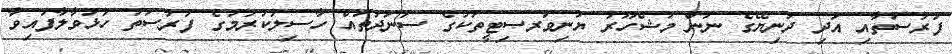
ފުރުސަތާއި އަދި ދުނިޔޭގެ ނަން މަޝްހޫރު ޔުނިވަރސިޓީތަކުގެ ސަނަދުތައް ހާސިލުކުރުމުގެ ފުރުސަތު ހުޅުވާލާފައިވާ